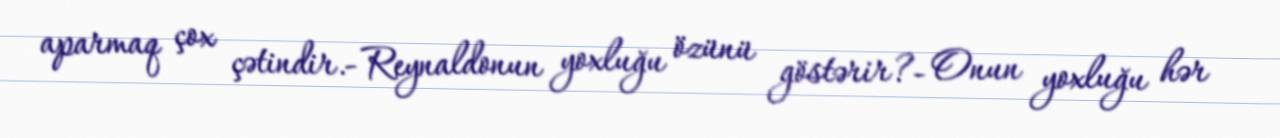
aparmaq çox çətindir.- Reynaldonun yoxluğu özünü göstərir?- Onun yoxluğu hər